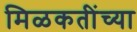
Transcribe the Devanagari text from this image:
मिळकतींच्या